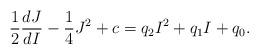
LaTeX: \begin{align*}\frac{1}{2}\frac{dJ}{dI}-\frac{1}{4}J^2+c=q_2 I^2+q_1 I+q_0.\end{align*}